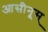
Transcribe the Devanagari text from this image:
आसीनूस्